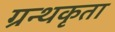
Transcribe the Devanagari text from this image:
ग्रन्थकृता